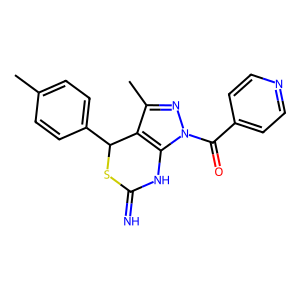
SMILES: Cc1ccc(C2SC(=N)Nc3c2c(C)nn3C(=O)c2ccncc2)cc1
Inhibits HIV replication: No